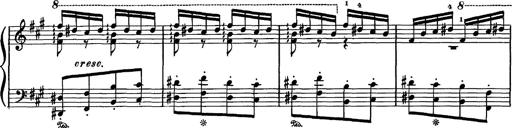
Title: Hungarian Rhapsody No.16
Composer: Franz Liszt
Key: A minor